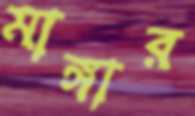
মাঙ্গার